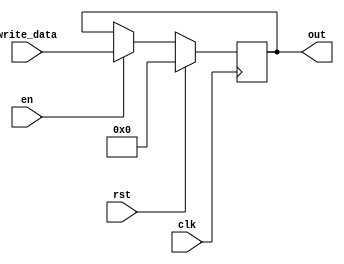
module register1word(clk, en, rst, write_data, out);
    input clk, en, rst;
    input [11:0] write_data;
    output reg [11:0] out;
    always @(posedge clk) begin
        if (rst) begin
            out <= 0;
        end else if (en) begin
            out <= write_data;
        end
    end

endmodule